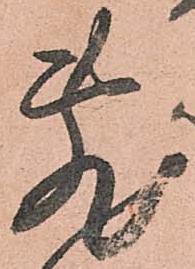
敷